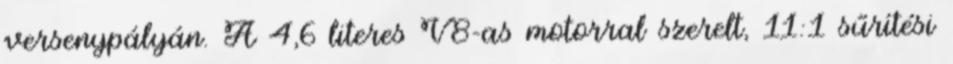
versenypályán. A 4,6 literes V8-as motorral szerelt, 11:1 sűrítési